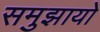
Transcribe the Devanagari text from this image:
समुझायो